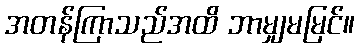
အတန်ကြာသည်အထိ ဘာမျှမမြင်။